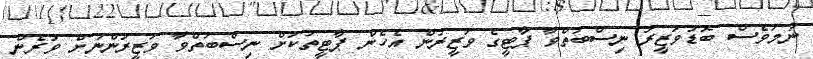
ނަމަވެސް ބޮޑުވަޒީރު ނިސްބަތްވާ ޕާޓީގެ ވަޒީރުން އެހެން ޕާޓީތަކަށް ނިސްބަތްވާ ވަޒީރުންނަށް ވުރެން